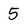
Character: 5